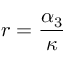
r = \frac { \alpha _ { 3 } } { \kappa }